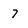
Character: 7